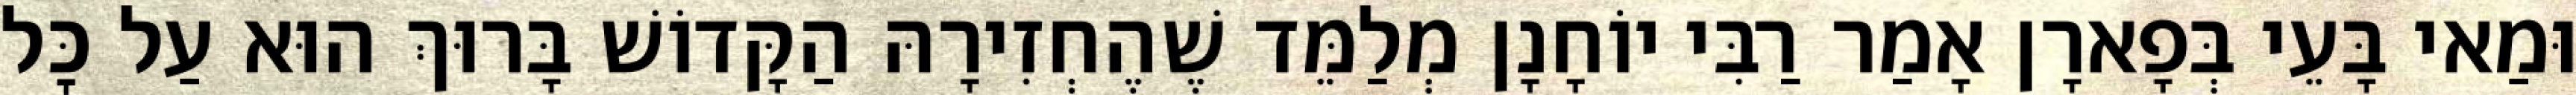
וּמַאי בָּעֵי בְּפָארָן אָמַר רַבִּי יוֹחָנָן מְלַמֵּד שֶׁהֶחְזִירָהּ הַקָּדוֹשׁ בָּרוּךְ הוּא עַל כׇּל